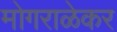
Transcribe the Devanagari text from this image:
मोगराळेकर